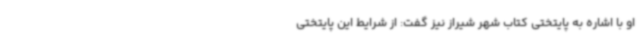
او با اشاره به پایتختی کتاب شهر شیراز نیز گفت: از شرایط این پایتختی